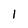
Character: 1